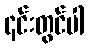
၎င်းတွင်ပါ